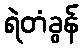
ရဲတံခွန်